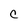
Character: C